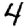
Digit: 4